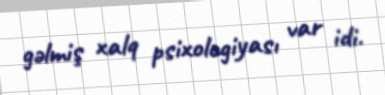
gəlmiş xalq psixologiyası var idi.